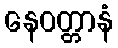
နေဝတ္တာနံ